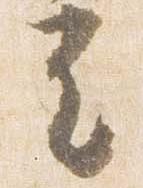
立